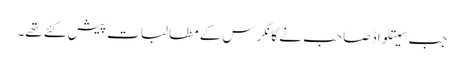
جب سیتلواڈ صاحب نے کانگرس کے مطالبات پیش کئے تھے۔